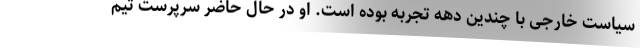
سیاست خارجی با چندین دهه تجربه بوده است. او در حال حاضر سرپرست تیم